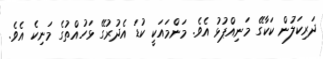
ދަރިކަލުން ކަކާގޭ މަނިއްޕުޅު އެވެ. މަންމައަކީ ކުޑަ އެދުރުގޭ ޅަހުއްތުގެ މަނިކެ އެވެ.